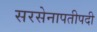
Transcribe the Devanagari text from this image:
सरसेनापतीपदी